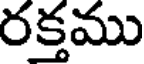
రక్తము